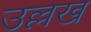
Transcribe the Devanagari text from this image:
उल्लख